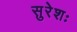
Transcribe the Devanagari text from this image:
सुरेशः